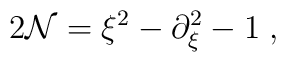
2{\cal N}=\xi ^{2}-\partial _{\xi }^{2}-1\;,